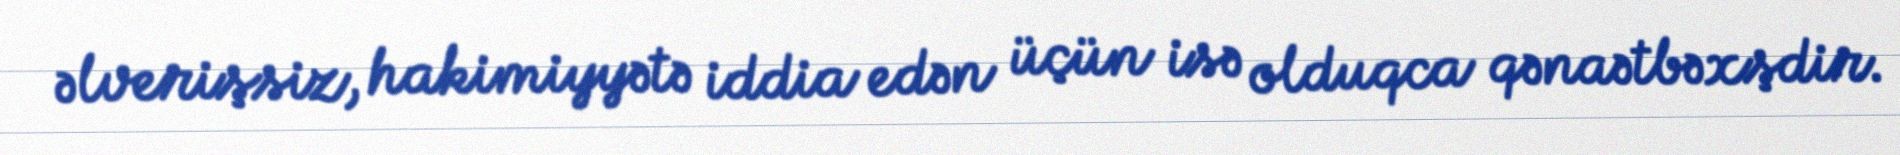
əlverişsiz, hakimiyyətə iddia edən üçün isə olduqca qənaətbəxşdir.